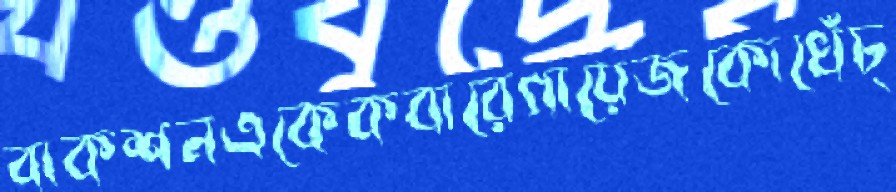
বাকশনএকেকবারেগায়েজকোখেঁচ্